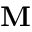
\mathbf { M }